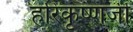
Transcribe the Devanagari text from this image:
हरिकृष्णजी